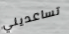
تساعديني